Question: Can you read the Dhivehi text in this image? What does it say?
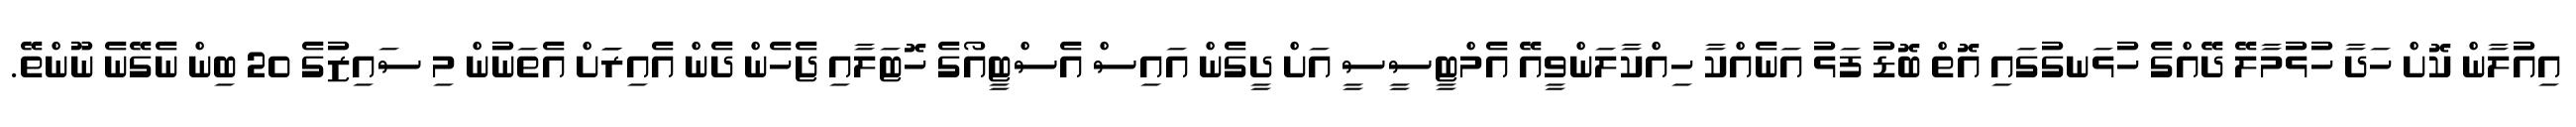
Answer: އިއުލާން ކޮށް ހަދާ ހުޅުމާލޭ ދޭއްގެ ހުޅަނގުގައި އޮތް ބޮޑު ފަޅު އަނެއްކާ ހިއްކާލަންވީއޭ އެމްޓީސީސީ އަށް ދީގެން އައިސް އެސްޓީއޯގެ ހޮޓަލާއި ޖެހެން ދެން އެއިރަަށް އެތަނުން މި ސައިޒުގެ 20 ބިން ނެގޭނެ ނޫންތޭ.